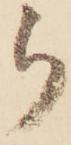
ら